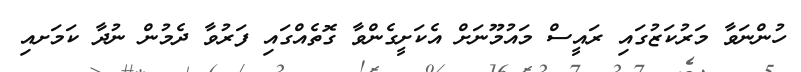
ހުންނަވާ މަރުކަޒުގައި ރައީސް މައުމޫނަށް އެކަށީގެންވާ ގޮތެއްގައި ފަރުވާ ދެމުން ނުދާ ކަމަށއި